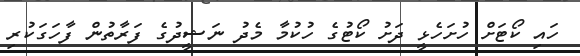
ހައި ކޯޓަށް ހުށަހެޅީ ދަށު ކޯޓުގެ ހުކުމާ މެދު ނަޝީދުގެ ފަރާތުން ފާހަގަކުރި